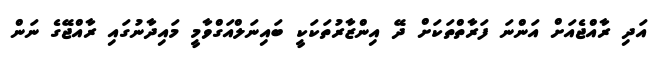
އަދި ރާއްޖެއަށް އަންނަ ފަރާތްތަކަށް ދޭ އިންޒާރުތަކަކީ ބައިނަލްއަގްވާމީ މައިދާނުގައި ރާއްޖޭގެ ނަން